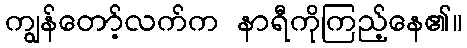
ကျွန်တော့်လက်က နာရီကိုကြည့်နေ၏။